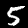
Label: 5